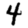
Digit: 4